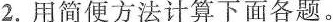
2.用简便方法计算下面各题。